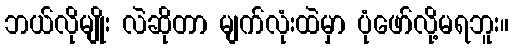
ဘယ်လိုမျိုး လဲဆိုတာ မျက်လုံးထဲမှာ ပုံဖော်လို့မရဘူး။